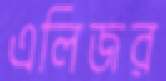
এলিজর